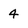
Character: 4